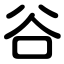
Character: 谷